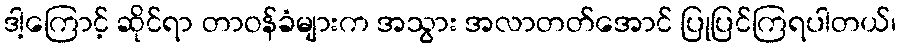
ဒါ့ကြောင့် ဆိုင်ရာ တာဝန်ခံများက အသွား အလာတတ်အောင် ပြုပြင်ကြရပါတယ်၊